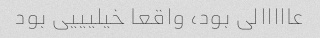
عااااالی بود، واقعا خیلیییی بود